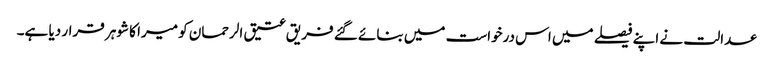
عدالت نے اپنے فیصلے میں اس درخواست میں بنائے گئے فریق عتیق الرحمان کو میرا کا شوہر قرار دیا ہے۔